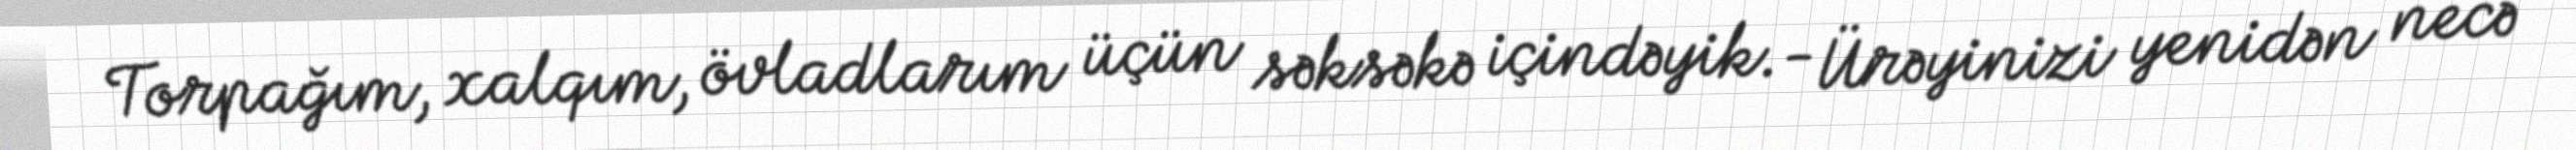
Torpağım, xalqım, övladlarım üçün səksəkə içindəyik.- Ürəyinizi yenidən necə